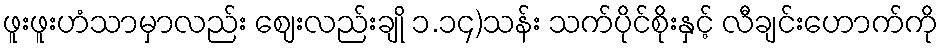
ဖူးဖူးဟံသာမှာလည်း ဈေးလည်းချို ၁.၁၄)သန်း သက်ပိုင်စိုးနှင့် လီချင်းဟောက်ကို